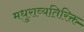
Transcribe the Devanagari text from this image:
मधुराव्यतिरिक्त